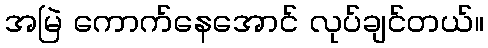
အမြဲ ကောက်နေအောင် လုပ်ချင်တယ်။